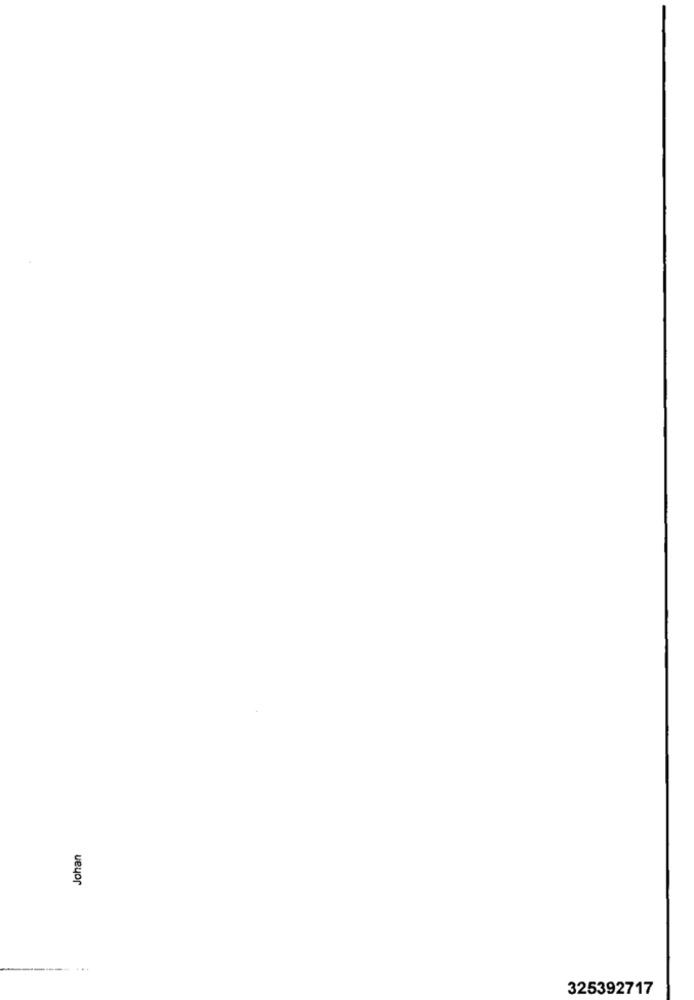
Johan
325392717